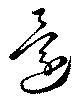
還